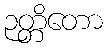
ဉတ္တိတော